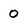
Character: 0